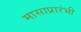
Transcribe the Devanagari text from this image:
मासाप्रारंभी